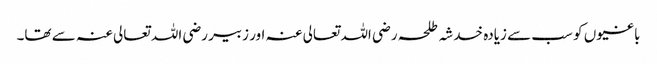
باغیوں کو سب سے زیادہ خدشہ طلحہ رضی اللہ تعالی عنہ اور زبیر رضی اللہ تعالی عنہ سے تھا۔